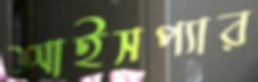
আইসপ্যার